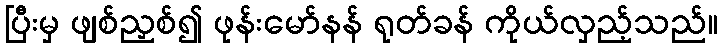
ပြီးမှ ဖျစ်ညှစ်၍ ဖုန်းမော်နန် ရုတ်ခန် ကိုယ်လှည့်သည်။